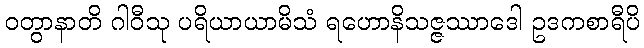
ဝတွာနာတိ ဂါဝီသု ပရိယာယာမိသံ ရဟောနိသဇ္ဇဿာဒေါ ဥဒကစာရီပိ